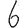
Digit: 6